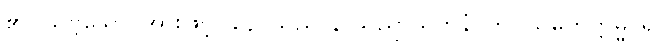
၏။ သဗ္ဗသော၊ အားဖြင့်။ နေဝသညာနာသညာယတနံ၊ ကို။ သမတိက္ကမ္မ၊ ၍။